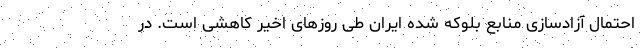
احتمال آزادسازی منابع بلوکه شده ایران طی روزهای اخیر کاهشی است. در